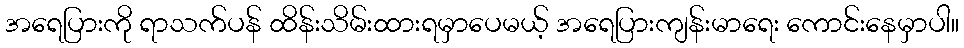
အရေပြားကို ရာသက်ပန် ထိန်းသိမ်းထားရမှာပေမယ့် အရေပြားကျန်းမာရေး ကောင်းနေမှာပါ။